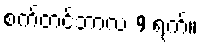
စက်တင်ဘာလ 9 ရက်။